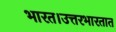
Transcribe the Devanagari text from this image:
भारत।उत्तरभारतात